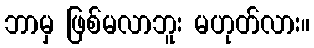
ဘာမှ ဖြစ်မလာဘူး မဟုတ်လား။